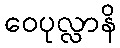
ဝေပုလ္လာနိ